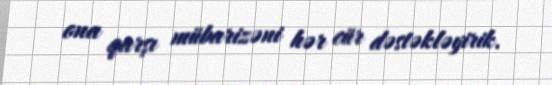
ona qarşı mübarizəni hər cür dəstəkləyirik.